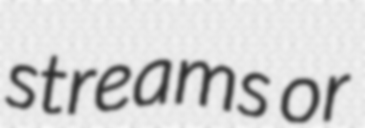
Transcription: streams or